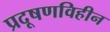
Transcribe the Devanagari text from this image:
प्रदूषणविहीन